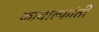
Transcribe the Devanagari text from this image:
कावाल्कांती